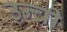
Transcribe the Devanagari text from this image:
उन्ची